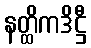
နတ္ထိကဒိဋ္ဌီ